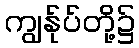
ကျွန်ုပ်တို့၌